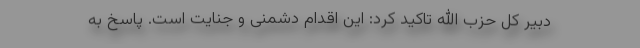
دبیر کل حزب الله تاکید کرد:‌ این اقدام دشمنی و جنایت است. پاسخ به